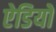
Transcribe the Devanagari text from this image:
ऐडियों